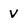
Character: v